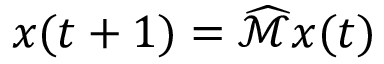
x ( t + 1 ) = { \widehat { \mathcal { M } } } x ( t )